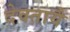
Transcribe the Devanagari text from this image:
देवतायै